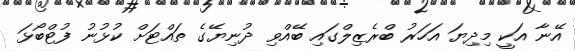
އޭނާ އަކީ މިދިޔަ އަހަރު ބްރެޒިލްގައި ބޭއްވި ދުނިޔޭގެ ތައްޓަށް ކުޅުނު ފުޓްބޯޅަ